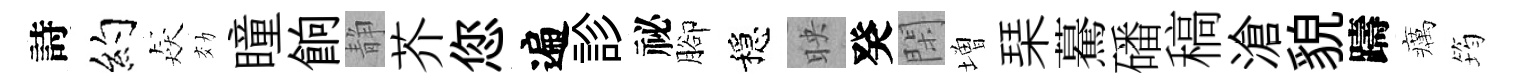
詩约猋効瞳餉静芥您遍診祕腳穩映癸閑増琹驀磻稿滄貌躊癘筠